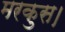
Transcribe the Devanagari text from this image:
मरकुस।